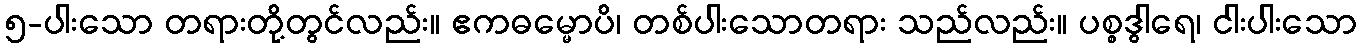
၅-ပါးသော တရားတို့တွင်လည်း။ ဧကဓမ္မောပိ၊ တစ်ပါးသောတရား သည်လည်း။ ပစ္စဒွါရေ၊ ငါးပါးသော